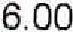
6.00